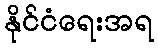
နိုင်ငံရေးအရ